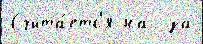
Счита́етс'я на  за